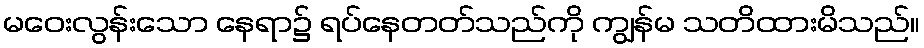
မဝေးလွန်းသော နေရာ၌ ရပ်နေတတ်သည်ကို ကျွန်မ သတိထားမိသည်။